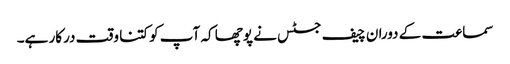
سماعت کے دوران چیف جسٹس نے پوچھا کہ آپ کو کتنا وقت درکار ہے۔